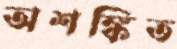
অশঙ্কিত